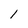
Character: 1